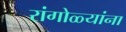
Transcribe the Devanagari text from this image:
रांगोळ्यांना